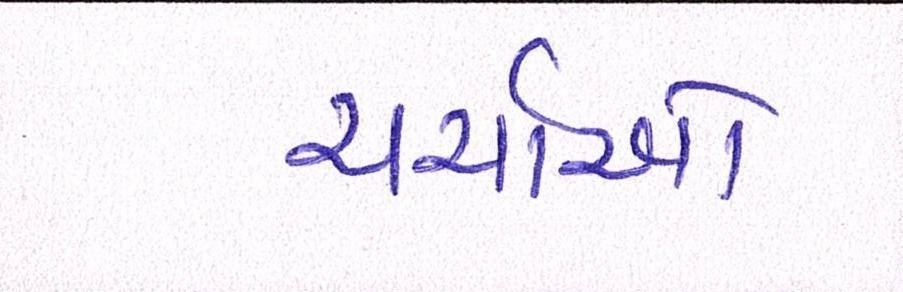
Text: ચર્ચાઓ